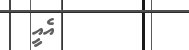
އެއީ